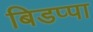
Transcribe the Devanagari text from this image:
बिडप्पा